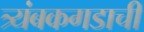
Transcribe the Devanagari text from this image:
त्र्यंबकगडाची